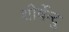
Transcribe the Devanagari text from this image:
शीर्षेन्दु